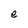
Character: e